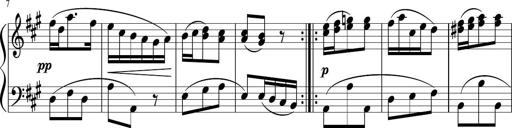
Title: 12 Keyboard Sonatinas
Composer: James Hook